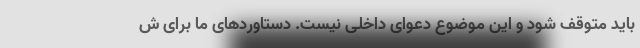
باید متوقف شود و این موضوع دعوای داخلی نیست. دستاوردهای ما برای ش